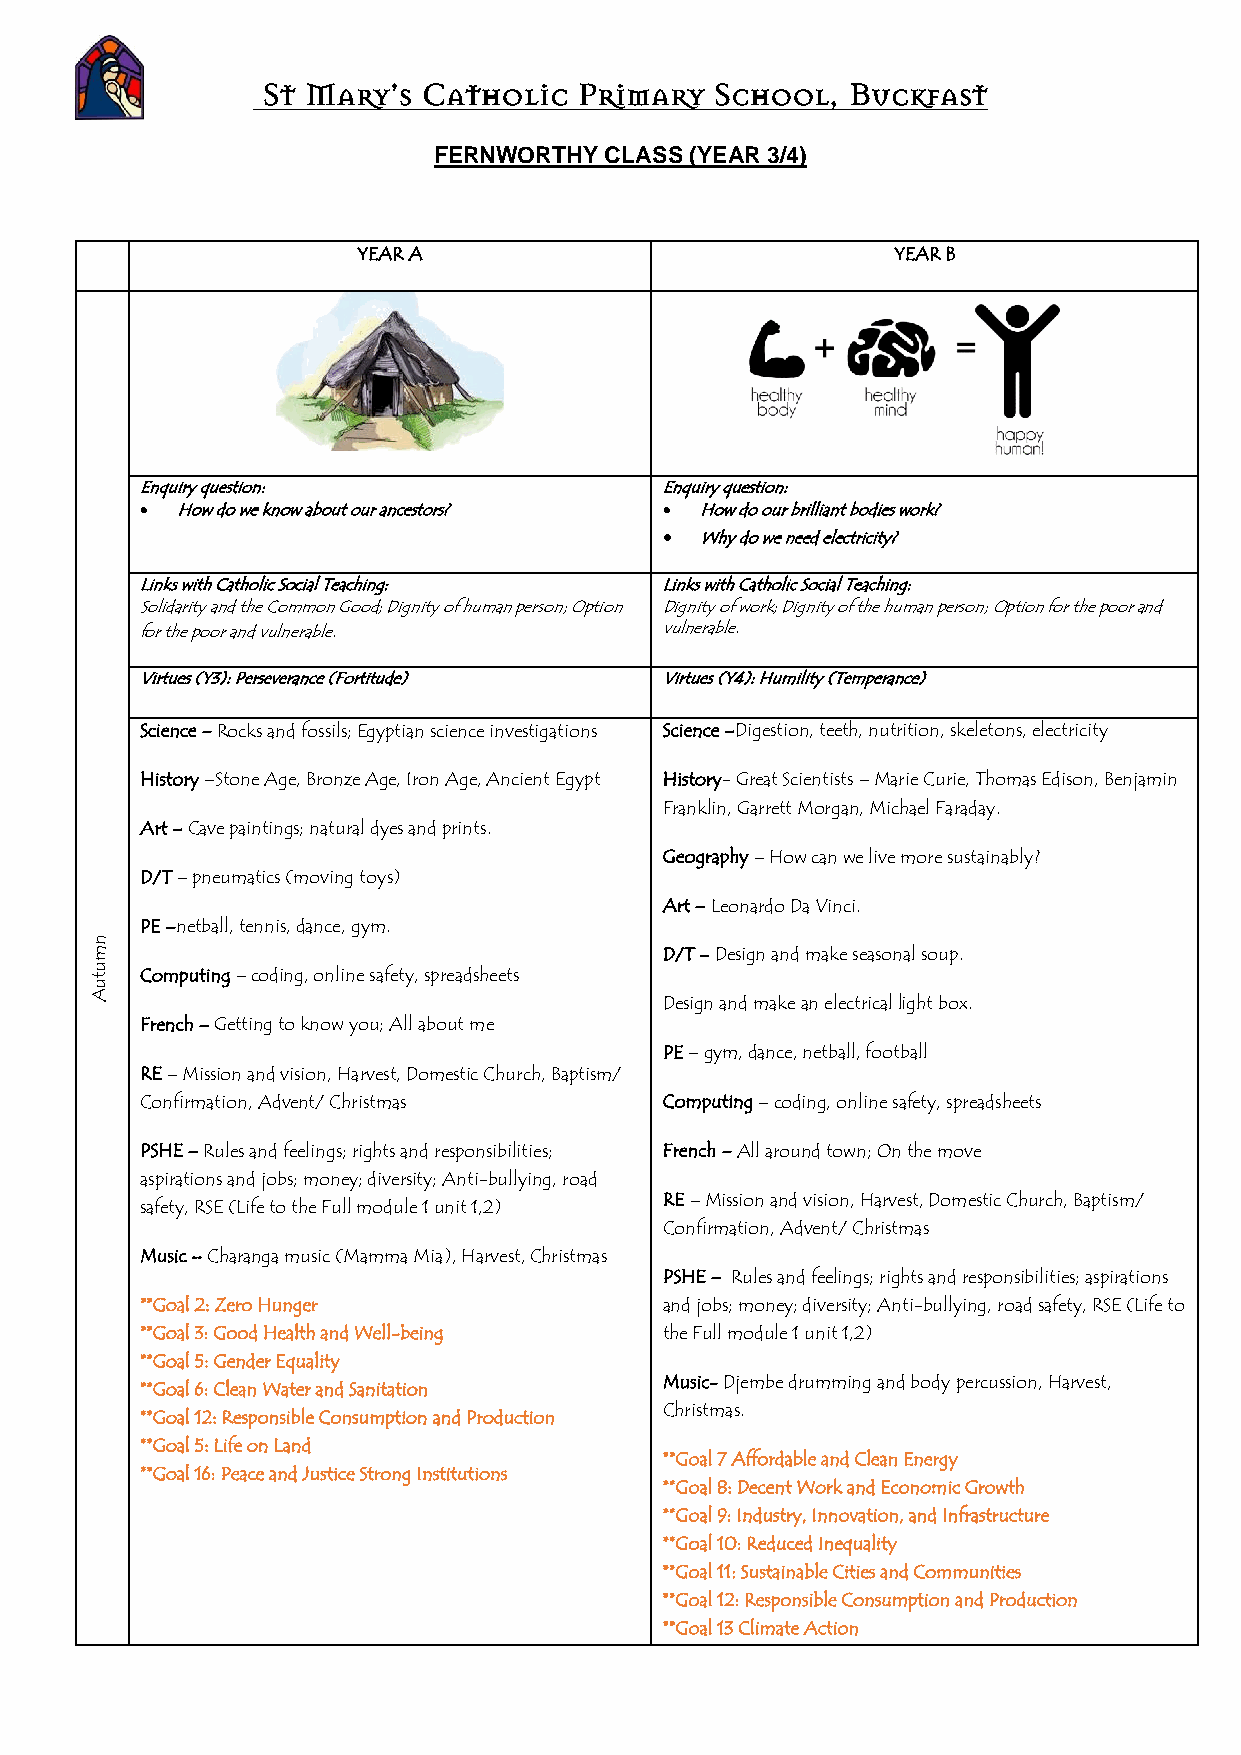
St Mary’s  Catholic  Primary  School,  Buckfast
 FERNWORTHY CLASS (YEAR 3/4)
 YEAR A                             YEAR B
 Enquiry question:                  Enquiry question:
 •  How do we know about our ancestors? • How do our brilliant bodies work?
 • Why do we need electricity?
 Links with Catholic Social Teaching: Links with Catholic Social Teaching:
 Solidarity and the Common Good; Dignity of human person; Option Dignity of work; Dignity of the human person; Option for the poor and
 for the poor and vulnerable.       vulnerable.
 Virtues (Y3): Perseverance (Fortitude) Virtues (Y4): Humility (Temperance)
 Science – Rocks and fossils; Egyptian science investigations Science –Digestion, teeth, nutrition, skeletons, electricity
 History –Stone Age, Bronze Age, Iron Age, Ancient Egypt History- Great Scientists – Marie Curie, Thomas Edison, Benjamin
 Franklin, Garrett Morgan, Michael Faraday.
 Art – Cave paintings; natural dyes and prints.
 Geography – How can we live more sustainably?
 D/T – pneumatics (moving toys)
 Art – Leonardo Da Vinci.
 n
 PE –netball, tennis, dance, gym.
 m                                     D/T – Design and make seasonal soup.
 u
 t  Computing – coding, online safety, spreadsheets
 u
 A
 Design and make an electrical light box.
 French – Getting to know you; All about me
 PE – gym, dance, netball, football
 RE – Mission and vision, Harvest, Domestic Church, Baptism/
 Confirmation, Advent/ Christmas    Computing – coding, online safety, spreadsheets
 PSHE – Rules and feelings; rights and responsibilities; French – All around town; On the move
 aspirations and jobs; money; diversity; Anti-bullying, road
 RE – Mission and vision, Harvest, Domestic Church, Baptism/
 safety, RSE (Life to the Full module 1 unit 1,2)
 Confirmation, Advent/ Christmas
 Music – Charanga music (Mamma Mia), Harvest, Christmas
 PSHE – Rules and feelings; rights and responsibilities; aspirations
 **Goal 2: Zero Hunger              and jobs; money; diversity; Anti-bullying, road safety, RSE (Life to
 **Goal 3: Good Health and Well-being the Full module 1 unit 1,2)
 **Goal 5: Gender Equality
 Music- Djembe drumming and body percussion, Harvest,
 **Goal 6: Clean Water and Sanitation
 Christmas.
 **Goal 12: Responsible Consumption and Production
 **Goal 5: Life on Land
 **Goal 7 Affordable and Clean Energy
 **Goal 16: Peace and Justice Strong Institutions
 **Goal 8: Decent Work and Economic Growth
 **Goal 9: Industry, Innovation, and Infrastructure
 **Goal 10: Reduced Inequality
 **Goal 11: Sustainable Cities and Communities
 **Goal 12: Responsible Consumption and Production
 **Goal 13 Climate Action